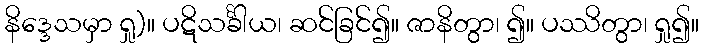
နိဒ္ဒေသမှာ ရှု)။ ပဋိသင်္ခါယ၊ ဆင်ခြင်၍။ ဇာနိတွာ၊ ၍။ ပဿိတွာ၊ ရှု၍။